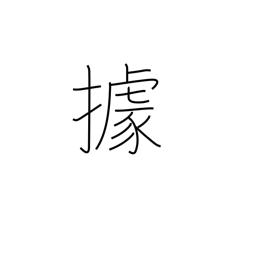
Meaning: to occupy